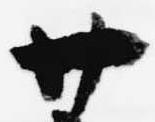
廿